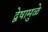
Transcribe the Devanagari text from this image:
द्वेषामुळे